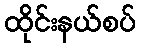
ထိုင်းနယ်စပ်